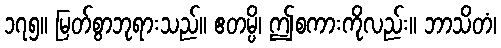
၁၇၅။ မြတ်စွာဘုရားသည်။ ဧတမ္ပိ၊ ဤစကားကိုလည်း။ ဘာသိတံ၊